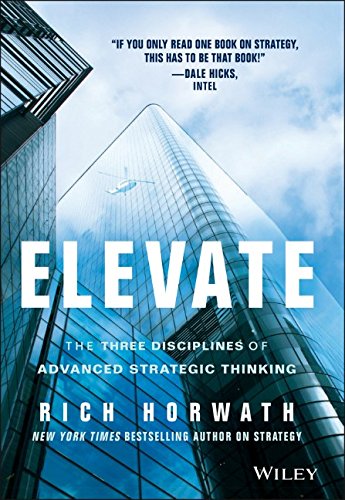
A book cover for Elevate: The Three Disciplines of Advanced Strategic Thinking; Rich Horwath; Business & Money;